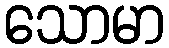
သောမာ